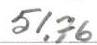
51,76